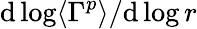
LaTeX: \mathrm{d}\log\langle\Gamma^{p}\rangle/\mathrm{d}\log r